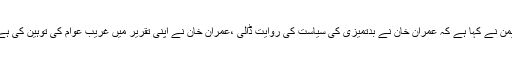
سندھ کے وزیراطلاعات اور پیپلزپارٹی کے رہنماء شرجیل میمن نے کہا ہے کہ عمران خان نے بدتمیزی کی سیاست کی روایت ڈالی ،عمران خان نے اپنی تقریر میں غریب عوام کی توہین کی ہے، اٹھارہ اکتوبر کو ملک کی تاریخ کا سب سے بڑا جلسہ ہوگا۔